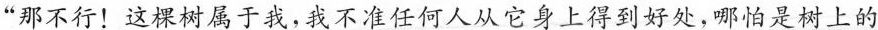
”那不行！这棵树属于我，我不准任何人从它身上得到好处，哪怕是树上的